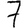
Digit: 7